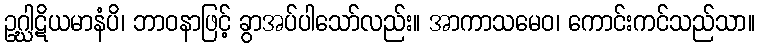
ဥဂ္ဃါဋိယမာနံပိ၊ ဘာဝနာဖြင့် ခွာအပ်ပါသော်လည်း။ အာကာသမေဝ၊ ကောင်းကင်သည်သာ။